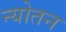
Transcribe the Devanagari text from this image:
न्योतन